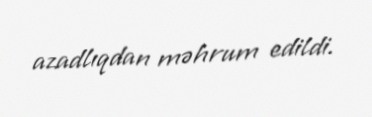
azadlıqdan məhrum edildi.